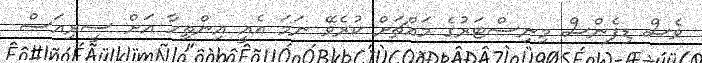
ވެސް ޑިފެންސް މިނިސްޓަރުގެ މައްޗަށް ކުރެވޭ ނަމަ އެއީ އިންތިހާ އަށް ސީރިއަސް